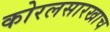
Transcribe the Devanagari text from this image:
कोरलसारखाच